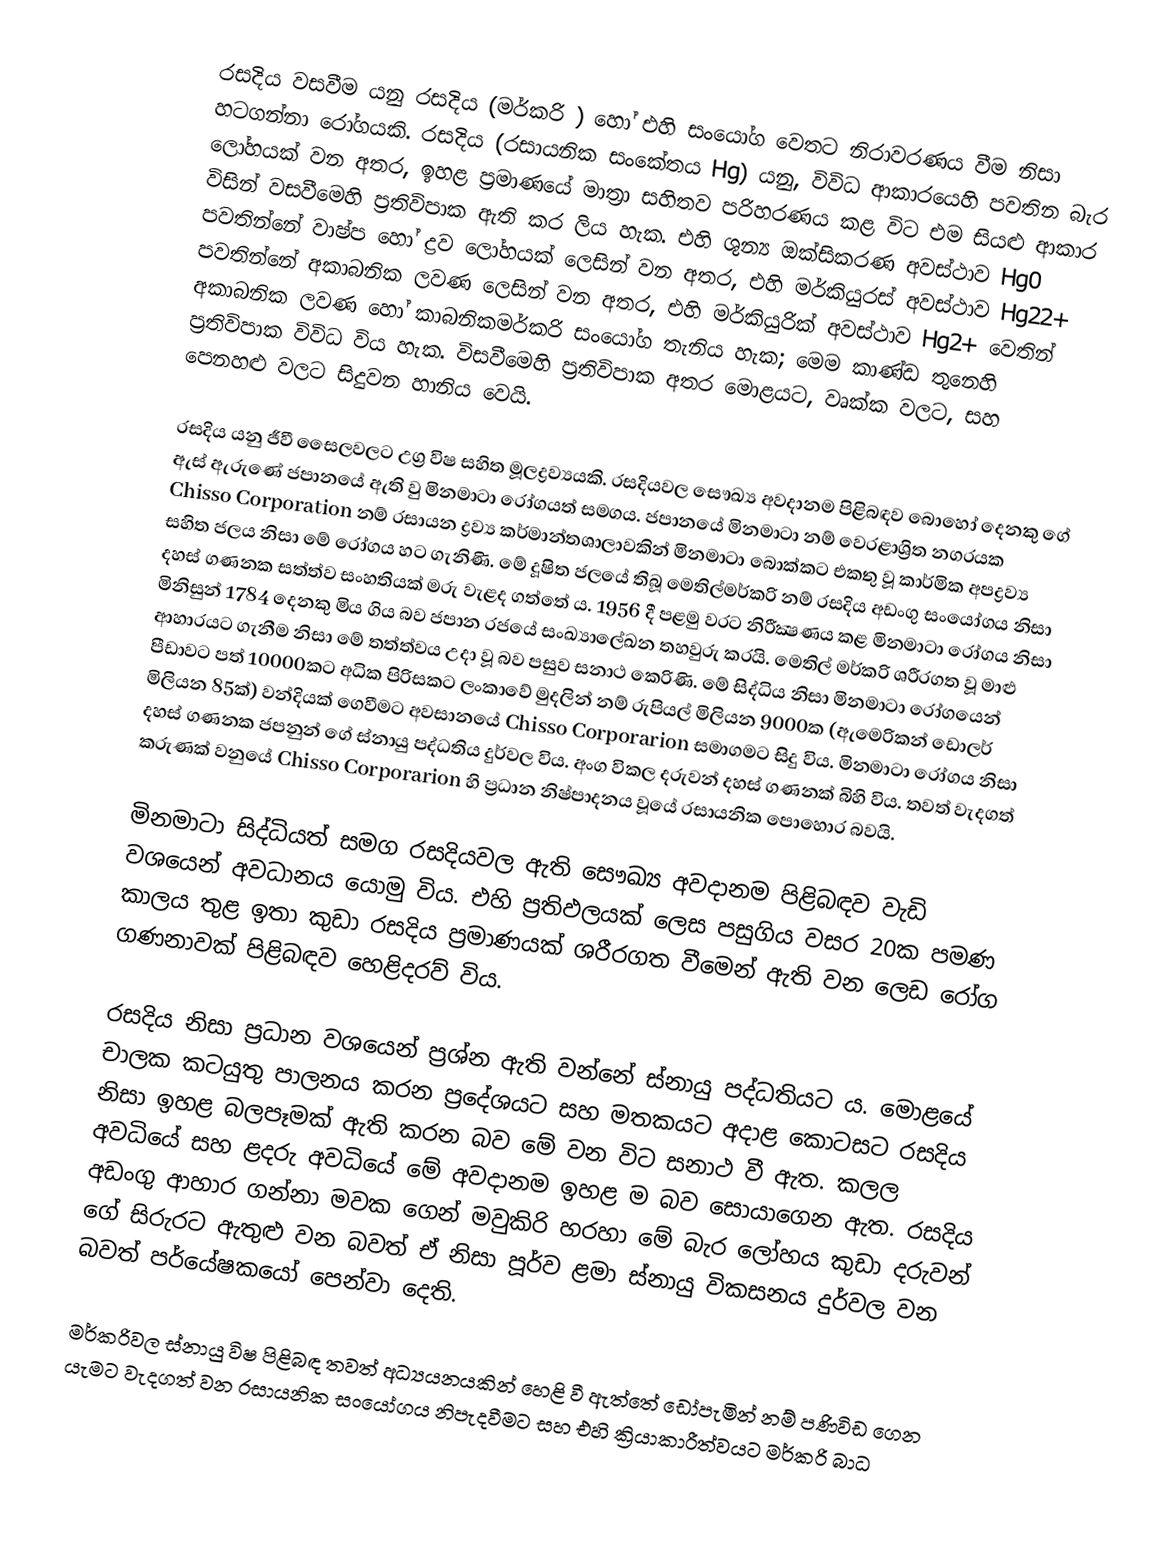
රසදිය වසවීම යනු රසදිය (මර්කරි ) හෝ එහි සංයෝග වෙතට නිරාවරණය වීම නිසා හටගන්නා රෝගයකි. රසදිය (රසායනික සංකේතය Hg) යනු, විවිධ ආකාරයෙහි පවතින බැර ලෝහයක් වන අතර, ඉහළ ප්‍රමාණයේ මාත්‍රා සහිතව පරිහරණය කළ විට එම සියළු ආකාර විසින් වසවීමෙහි ප්‍රතිවිපාක ඇති කර ලිය හැක. එහි ශුන්‍ය ඔක්සිකරණ අවස්ථාව Hg0 පවතින්නේ වාෂ්ප හෝ ද්‍රව ලෝහයක් ලෙසින් වන අතර, එහි මර්කියුරස් අවස්ථාව Hg22+ පවතින්නේ අකාබනික ලවණ ලෙසින් වන අතර, එහි මර්කියුරික් අවස්ථාව Hg2+ වෙතින් අකාබනික ලවණ හෝ  කාබනිකමර්කරි සංයෝග තැනිය හැක; මෙම කාණ්ඩ තුනෙහි ප්‍රතිවිපාක විවිධ විය හැක. විසවීමෙහි ප්‍රතිවිපාක අතර මොළයට, වෘක්ක වලට, සහ පෙනහළු වලට  සිදුවන හානිය වෙයි.

රසදිය යනු ජීවී සෛලවලට උග්‍ර විෂ සහිත මූලද්‍රව්‍යයකි. රසදියවල සෞඛ්‍ය අවදානම පිළිබඳව බොහෝ දෙනකු ගේ ඇස්‌ ඇරුණේ ජපානයේ ඇති වු මිනමාටා රෝගයත් සමගය. ජපානයේ මිනමාටා නම් වෙරළාශ්‍රිත නගරයක Chisso Corporation නම් රසායන ද්‍රව්‍ය කර්මාන්තශාලාවකින් මිනමාටා බොක්‌කට එකතු වූ කාර්මික අපද්‍රව්‍ය සහිත ජලය නිසා මේ රෝගය හට ගැනිණි. මේ දූෂිත ජලයේ තිබූ මෙතිල්මර්කරි නම් රසදිය අඩංගු සංයෝගය නිසා දහස්‌ ගණනක සත්ත්ව සංහතියක්‌ මරු වැළද ගත්තේ ය. 1956 දී පළමු වරට නිරීක්‍ෂණය කළ මිනමාටා රෝගය නිසා මිනිසුන් 1784 දෙනකු මිය ගිය බව ජපාන රජයේ සංඛ්‍යාලේඛන තහවුරු කරයි. මෙතිල් මර්කරි ශරීරගත වූ මාළු ආහාරයට ගැනීම නිසා මේ තත්ත්වය උදා වූ බව පසුව සනාථ කෙරිණි. මේ සිද්ධිය නිසා මිනමාටා රෝගයෙන් පීඩාවට පත් 10000කට අධික පිරිසකට ලංකාවේ මුදලින් නම් රුපියල් මිලියන 9000ක (ඇමෙරිකන් ඩොලර් මිලියන 85ක්‌) වන්දියක්‌ ගෙවීමට අවසානයේ Chisso Corporarion සමාගමට සිදු විය. මිනමාටා රෝගය නිසා දහස්‌ ගණනක ජපනුන් ගේ ස්‌නායු පද්ධතිය දුර්වල විය. අංග විකල දරුවන් දහස්‌ ගණනක්‌ බිහි විය. තවත් වැදගත් කරුණක්‌ වනුයේ Chisso Corporarion හි ප්‍රධාන නිෂ්පාදනය වූයේ රසායනික පොහොර බවයි.

මිනමාටා සිද්ධියත් සමග රසදියවල ඇති සෞඛ්‍ය අවදානම පිළිබඳව වැඩි වශයෙන් අවධානය යොමු විය. එහි ප්‍රතිඵලයක්‌ ලෙස පසුගිය වසර 20ක පමණ කාලය තුළ ඉතා කුඩා රසදිය ප්‍රමාණයක්‌ ශරීරගත වීමෙන් ඇති වන ලෙඩ රෝග ගණනාවක්‌ පිළිබඳව හෙළිදරව් විය.

රසදිය නිසා ප්‍රධාන වශයෙන් ප්‍රශ්න ඇති වන්නේ ස්‌නායු පද්ධතියට ය. මොළයේ චාලක කටයුතු පාලනය කරන ප්‍රදේශයට සහ මතකයට අදාළ කොටසට රසදිය නිසා ඉහළ බලපෑමක්‌ ඇති කරන බව මේ වන විට සනාථ වී ඇත. කලල අවධියේ සහ ළදරු අවධියේ මේ අවදානම ඉහළ ම බව සොයාගෙන ඇත. රසදිය අඩංගු ආහාර ගන්නා මවක ගෙන් මවුකිරි හරහා මේ බැර ලෝහය කුඩා දරුවන් ගේ සිරුරට ඇතුළු වන බවත් ඒ නිසා පූර්ව ළමා ස්‌නායු විකසනය දුර්වල වන බවත් පර්යේෂකයෝ පෙන්වා දෙති.

මර්කරිවල ස්‌නායු විෂ පිළිබඳ තවත් අධ්‍යයනයකින් හෙළි වී ඇත්තේ ඩෝපැමින් නම් පණිවිඩ ගෙන යැමට වැදගත් වන රසායනික සංයෝගය නිපැදවීමට සහ එහි ක්‍රියාකාරීත්වයට මර්කරි බාධ